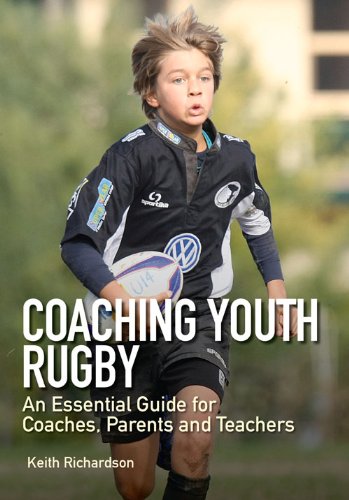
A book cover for Coaching Youth Rugby: An Essential Guide for Coaches, Parents and Teachers; Keith Richardson; Sports & Outdoors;